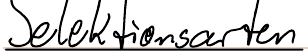
Selektionsarten